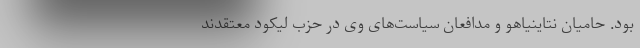
بود. حامیان نتاینیاهو و مدافعان سیاست‌های وی در حزب لیکود معتقدند